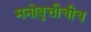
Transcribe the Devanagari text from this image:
मनोवृत्तीचीच